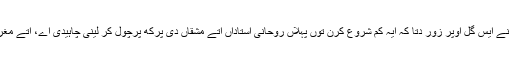
رنپوچے نے ایس گل اوپر زور دتا کہ ایہ کم شروع کرن توں پہلاں روحانی استاداں اتے مشقاں دی پرکھ پرچول کر لینی چاہیدی اے، اتے مغروں نئیں۔